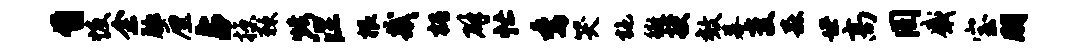
旨恢余脉厘占掠棘烤涅根哉槐辟忙委哭施徽授效幕变森世高罔感宝朋